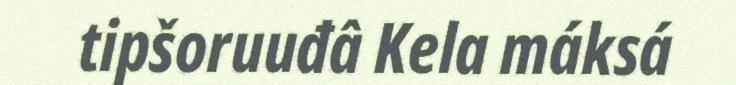
tipšoruuđâ Kela máksá